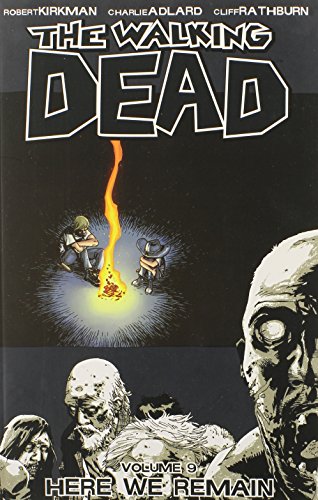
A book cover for The Walking Dead, Vol. 9: Here We Remain; Robert Kirkman; Comics & Graphic Novels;